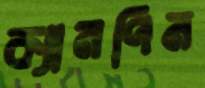
ক্যামপিন